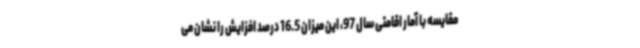
مقایسه با آمار اقامتی سال 97، این میزان 16.5 درصد افزایش را نشان می